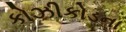
કોઝીકોડના